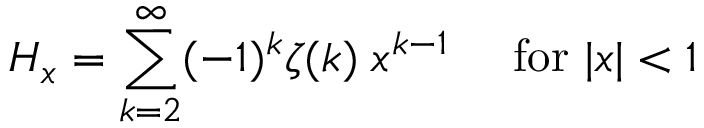
H _ { x } = \sum _ { k = 2 } ^ { \infty } ( - 1 ) ^ { k } \zeta ( k ) \; x ^ { k - 1 } \quad { \mathrm { ~ f o r ~ } } | x | < 1